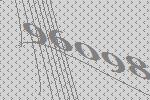
96098